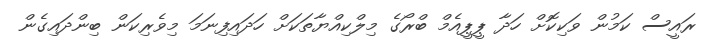
ރައީސް ކަމުން ވަކިކޮށް ހަދާ ޕީޕީއެމް ބްރޯގެ މިލްކިއްޔާތަކަށް ހަދައިފިނަމަ މިވެރިކަން ބިންދައިގެން